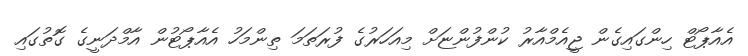
އެއާޕޯޓް ހިންގައިގެން ޖީއެމްއާރު ކުންފުންޏަށް މިއަހަރުގެ ފުރަތަމަ ތިންމަހު އެއާޕޯޓުން އާމްދަނީގެ ގޮތުގައި